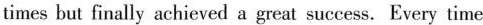
timesbut finally achieved a great success. Every time